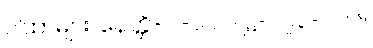
ဂါထာများ၊ နေတ္တိ-ပါ-၁၁၁၊ ဋ္ဌ-၁၇၃-၂၂၆။